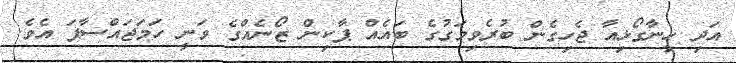
އަދި ހީނާގޯޅިއާ ޖެހިގެން ބުރެވިމަގުގެ ބައެއް ޕާކިން ޒޯނެއްގެ ވަނީ ހަމަޖައްސާފަ އެވެ.